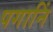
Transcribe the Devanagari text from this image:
पगानिं